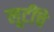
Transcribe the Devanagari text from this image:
लूटींचे